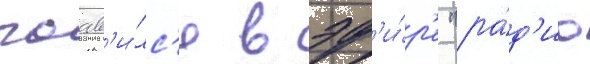
поав'и́лс'я в эф'и́р'е "ра́д'ио